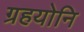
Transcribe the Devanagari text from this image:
ग्रहयोनि